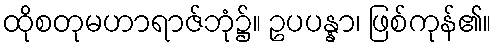
ထိုစတုမဟာရာဇ်ဘုံ၌။ ဥပပန္နာ၊ ဖြစ်ကုန်၏။